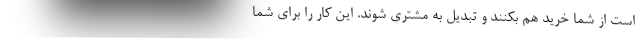
است از شما خرید هم بکنند و تبدیل به مشتری شوند. این کار را برای شما